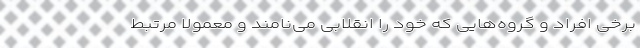
برخی افراد و گروه‌هایی که خود را انقلابی می‌نامند و معمولاً مرتبط